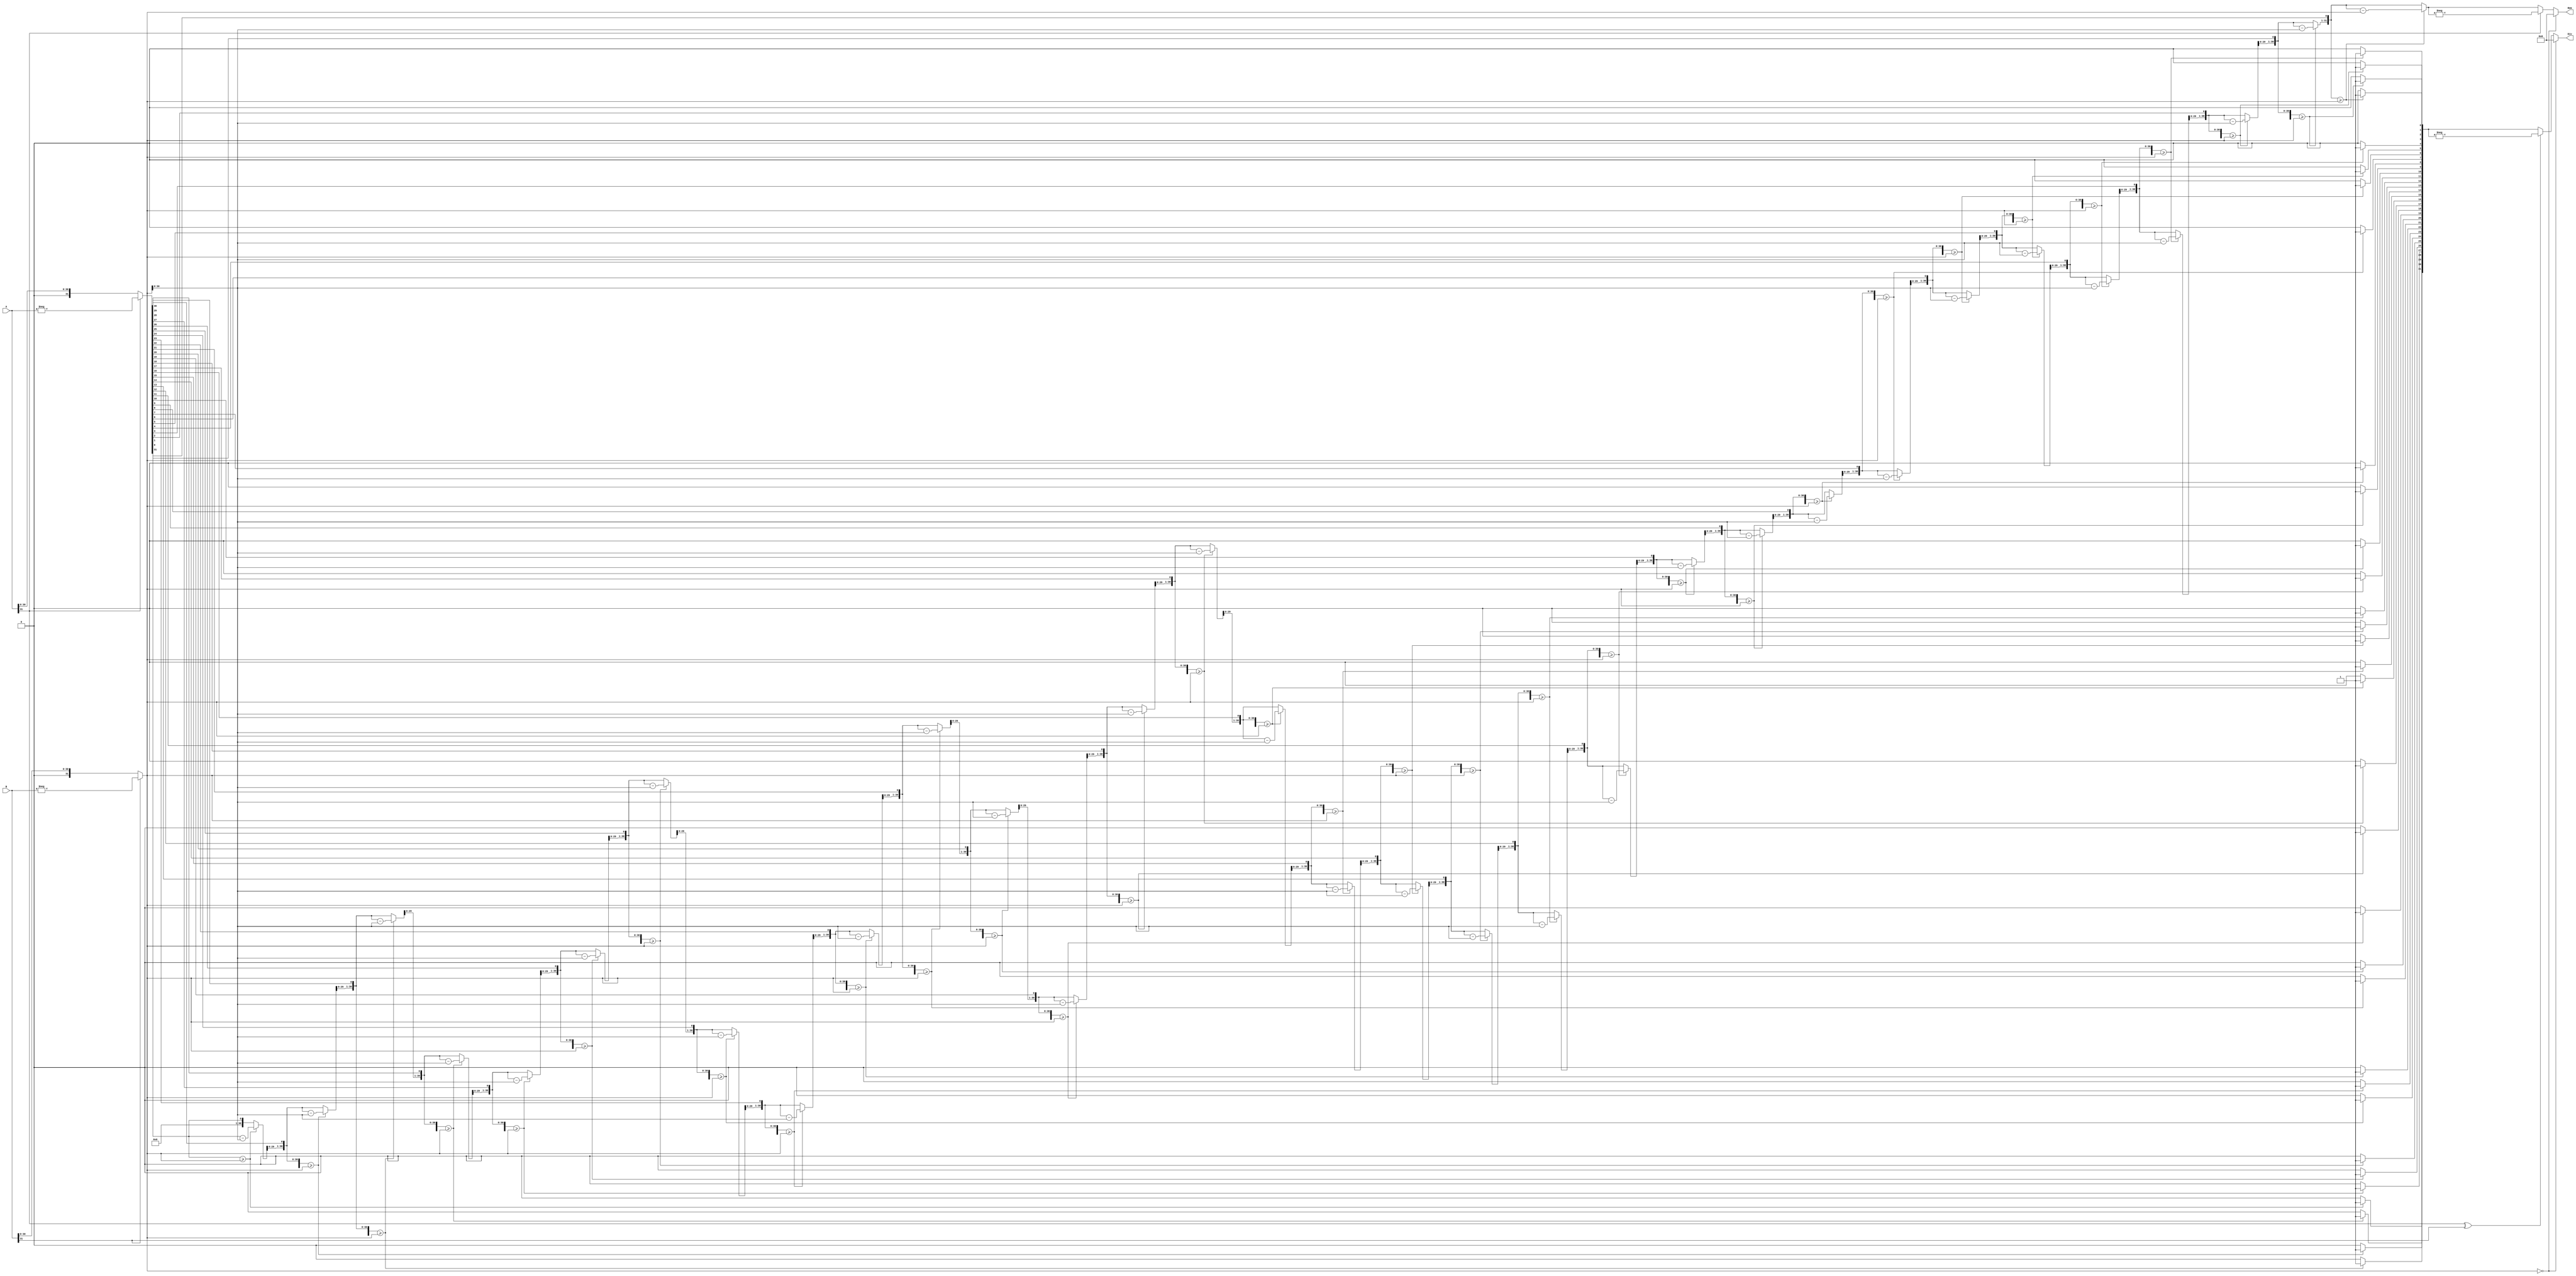
`timescale 1ns / 1ps
//////////////////////////////////////////////////////////////////////////////////
// Company: 
// Engineer: 
// 
// Design Name: 
// Module Name: Division
// Project Name: 
// Target Devices: 
// Tool Versions: 
// Description: 
// 
// Dependencies: 
// 
// Revision:
// Revision 0.01 - File Created
// Additional Comments:
// 
//////////////////////////////////////////////////////////////////////////////////
module Division(
    input [31:0] A, B,
    output reg [31:0] Div, Rem
);
    reg signed [31:0] SignedA, SignedB;
    reg [31:0] UnsignedA, UnsignedB;
    reg [31:0] tempDiv, tempRem;
    integer i;

    always @(*) begin
        SignedA = A;
        SignedB = B;
        UnsignedA = A[31] ? -SignedA : SignedA;
        UnsignedB = B[31] ? -SignedB : SignedB;

        if (UnsignedB == 0) begin
            Div = 32'h0;  
            Rem = 32'h0;
        end else begin
            tempDiv = 32'h0;
            tempRem = 32'h0;
            for (i = 31; i >= 0; i = i - 1) begin
                tempRem = {tempRem[30:0], UnsignedA[i]};
                if (tempRem >= UnsignedB) begin
                    tempRem = tempRem - UnsignedB;
                    tempDiv[i] = 1'b1;
                end
            end

            Div = (A[31] ^ B[31]) ? -tempDiv : tempDiv;
            Rem = A[31] ? -tempRem : tempRem;
        end
    end
endmodule